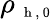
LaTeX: \rho_{\mathrm{~\scriptsize~h~,~0~}}